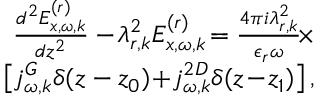
\begin{array} { r } { \frac { d ^ { 2 } E _ { x , \omega , k } ^ { ( r ) } } { d z ^ { 2 } } - \! \lambda _ { r , k } ^ { 2 } E _ { x , \omega , k } ^ { ( r ) } \! = \frac { 4 \pi i \lambda _ { r , k } ^ { 2 } } { \epsilon _ { r } \omega } \! \times } \\ { \left[ j _ { \omega , k } ^ { G } \delta ( z - z _ { 0 } ) \! + \! j _ { \omega , k } ^ { 2 D } \delta ( z \! - \! z _ { 1 } ) \right] , } \end{array}